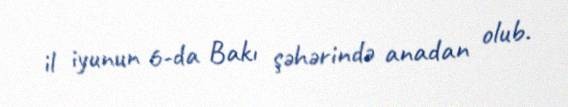
il iyunun 6-da Bakı şəhərində anadan olub.